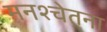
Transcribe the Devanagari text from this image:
मनश्चेतना